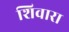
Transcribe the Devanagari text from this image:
शिवारा